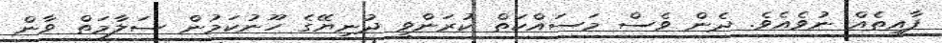
ފާއިތެއް ނުވެއެވެ. ދެން ވެސް މަސައްކަތް ކުރަންވީ ދުނިޔޭގެ ހޫނުކަމުން ސަލާމަތް ވާން